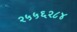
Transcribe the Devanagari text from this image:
२५५६२८४